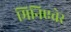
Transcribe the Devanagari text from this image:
मिनिएचेर